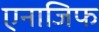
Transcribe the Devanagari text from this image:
एनाजिफ